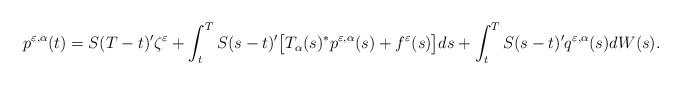
LaTeX: \begin{align*} p^{\varepsilon,\alpha}(t) = S(T-t)'\zeta^{\varepsilon} + \int_t^T S(s-t)'\big[T_{\alpha}(s)^*p^{\varepsilon,\alpha}(s) +f^{\varepsilon}(s)\big]ds +\int_t^T S(s-t)' q^{\varepsilon,\alpha}(s)dW(s).\end{align*}